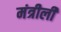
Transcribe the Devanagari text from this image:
मंत्रीली